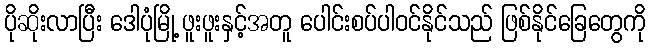
ပိုဆိုးလာပြီး ဒေါပုံမြို့ ဖူးဖူးနှင့်အတူ ပေါင်းစပ်ပါဝင်နိုင်သည် ဖြစ်နိုင်ခြေတွေကို